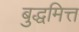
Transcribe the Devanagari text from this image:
बुद्धमित्त